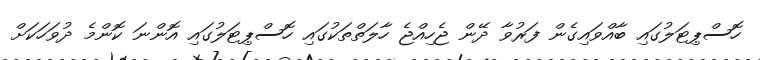
ހޮސްޕިޓަލުގައި ބާއްވައިގެން ފަރުވާ ދޭން ޖެހިއްޖެ ހާލަތްތަކުގައި ހޮސްޕިޓަލުގައި އޮންނަ ކޮންމެ ދުވަހަކަށް